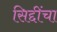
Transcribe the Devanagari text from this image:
सिद्दींचा